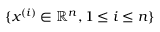
\{ x ^ { ( i ) } \in \mathbb { R } ^ { n } , 1 \le i \le n \}